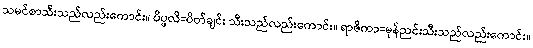
သမင်စာသီးသည်လည်းကောင်း။ ပိပ္ဖလိ=ပိတ်ချင်း သီးသည်လည်းကောင်း။ ရာဇိကာ=မုန်ညင်းသီးသည်လည်းကောင်း။